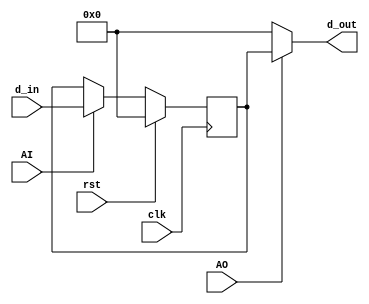
module regA(clk, AI, AO, rst, d_in, d_out);
	input clk, rst, AO, AI;
	output [7:0]d_out;
	reg [7:0]d;
	input [7:0]d_in;
	
	always@(posedge clk)begin //synchronous rst 
		if(rst) d = 8'b00000000;
		else begin
			if(AI) d <= d_in; 
		end
	end
	assign d_out = (AO==1) ? d:
									8'b00000000;
endmodule